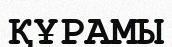
ҚҰРАМЫ